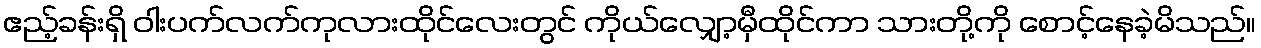
ဧည့်ခန်းရှိ ဝါးပက်လက်ကုလားထိုင်လေးတွင် ကိုယ်လျှော့မှီထိုင်ကာ သားတို့ကို စောင့်နေခဲ့မိသည်။